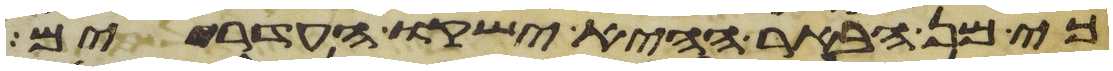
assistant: כי מן הבאר ההיא ישקו העדרים